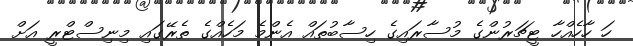
ހަ ހާހެއްހާ ޓީޗަރުންގެ މުސާރައިގެ ހިސާބުތައް އެންމެ މަހެއްގެ ތެރޭގައި މިނިސްޓްރީ އަށް